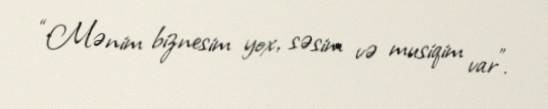
“Mənim biznesim yox, səsim və musiqim var”.